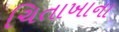
ચિતાખાના